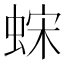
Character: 𫋀